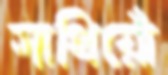
সাথিয়োঁ